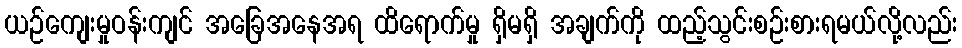
ယဉ်ကျေးမှုဝန်းကျင် အခြေအနေအရ ထိရောက်မှု ရှိမရှိ အချက်ကို ထည့်သွင်းစဉ်းစားရမယ်လို့လည်း